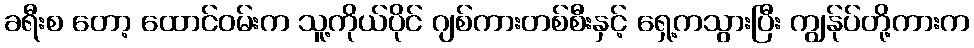
ခရီးစ တော့ ထောင်ဝမ်းက သူ့ကိုယ်ပိုင် ဂျစ်ကားတစ်စီးနှင့် ရှေ့ကသွားပြီး ကျွန်ုပ်တို့ကားက